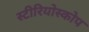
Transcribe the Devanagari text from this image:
स्टीरियोस्कोप